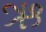
ઋ